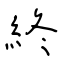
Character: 終